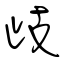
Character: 歧